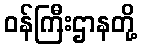
ဝန်ကြီးဌာနတို့